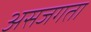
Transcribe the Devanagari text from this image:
असजगता